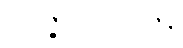
အဝိဇ္ဇာသညောဇနံ